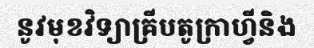
នូវមុខវិទ្យាគ្រីបតូក្រាហ្វីនិង